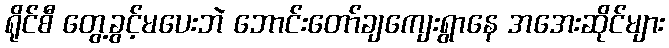
ရိုင်စီ တွေ့ခွင့်မပေးဘဲ ဘောင်းတော်ချကျေးရွာနေ အအေးဆိုင်များ